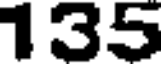
135